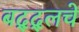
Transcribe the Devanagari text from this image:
बद्द्लचे